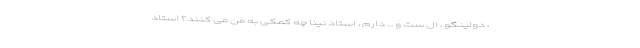
، دولینگو ، ال ست و ... دارم ، استاد نینا چه کمکی به من می کنند؟ استاد